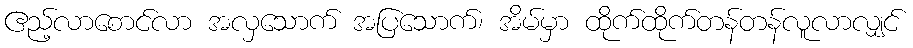
ဧည့်လာစောင်လာ အလှသောက် အပြသောက်၊ အိမ်မှာ ထိုက်ထိုက်တန်တန်လူလာလျှင်